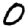
Digit: 0